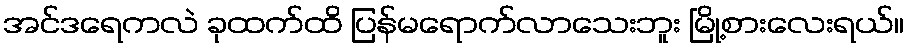
အင်ဒရေကလဲ ခုထက်ထိ ပြန်မရောက်လာသေးဘူး မြို့စားလေးရယ်။